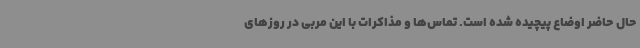
حال حاضر اوضاع پیچیده شده است. تماس‌ها و مذاکرات با این مربی در روزهای